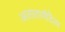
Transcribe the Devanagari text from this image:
आतातायीदैत्य